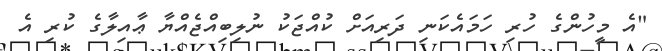
"އެ މީހުންގެ ހުރި ހަމައެކަނި ދަރިއަށް ކުއްޖަކު ނުލިބިއްޖެއްޔާ ޢާއިލާގެ ކުރި އެ